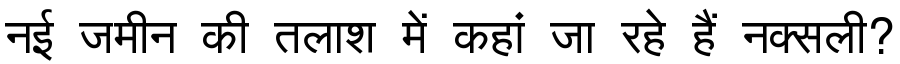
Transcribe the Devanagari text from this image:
नई जमीन की तलाश में कहां जा रहे हैं नक्सली?